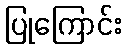
ပြုကြောင်း